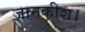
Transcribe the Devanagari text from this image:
जानकीश।